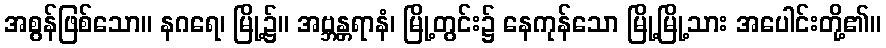
အစွန်ဖြစ်သော။ နဂရေ၊ မြို့၌။ အဗ္ဘန္တရာနံ၊ မြို့တွင်း၌ နေကုန်သော မြို့မြို့သား အပေါင်းတို့၏။